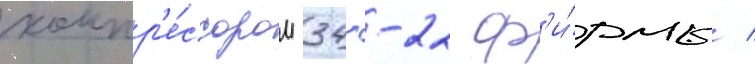
компр'е́ссором 34--22 ф'и́рмы /